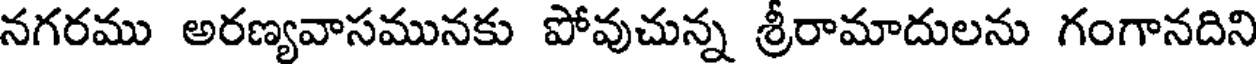
నగరము అరణ్యవాసమునకు పోవుచున్న శ్రీరామాదులను గంగానదిని